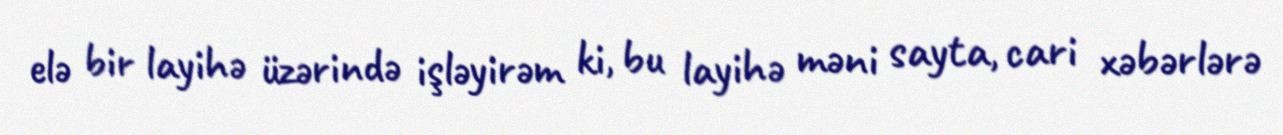
elə bir layihə üzərində işləyirəm ki, bu layihə məni sayta, cari xəbərlərə